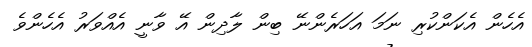
އެހެން އެކަންކުރި ނަމަ އަހަރެންނޭ ބިން ލާދިން އޭ ވާނީ އެއްވަރު އެހެންވެ